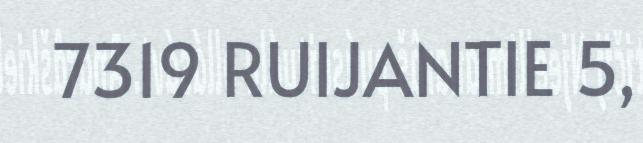
7319 RUIJANTIE 5,